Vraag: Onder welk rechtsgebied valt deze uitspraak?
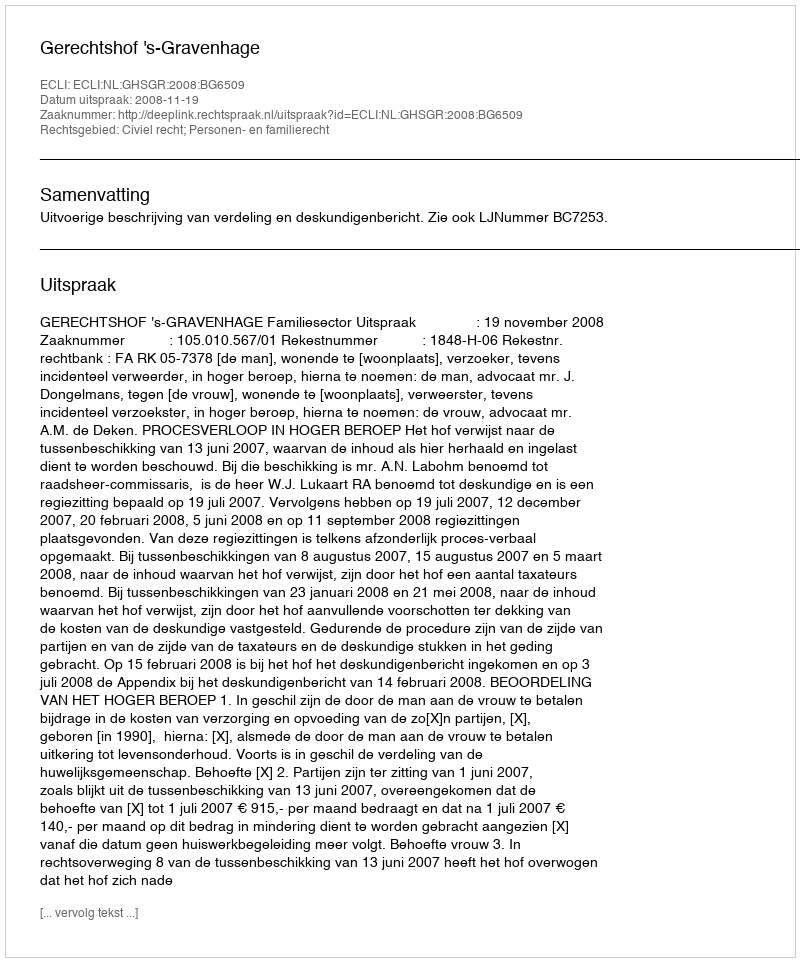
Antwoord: Civiel recht; Personen- en familierecht